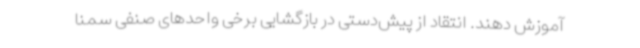
آموزش دهند. انتقاد از پیش‌دستی در بازگشایی برخی واحدهای صنفی سمنا